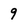
Character: 9